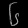
Digit: ၆